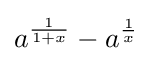
a^{\frac {1}{1+x}}-a^{\frac {1}{x}}